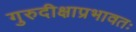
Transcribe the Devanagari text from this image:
गुरुदीक्षाप्रभावतः